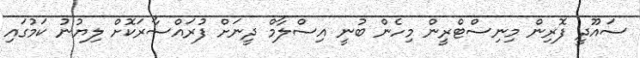
ސައޫދީ ފޮރިން މިނިސްޓްރީން މިހެން ބުނީ އިސްލާމް ދީނަށް ފުރައްސާރަކޮށް ލިޔުނު ކަމުގައި